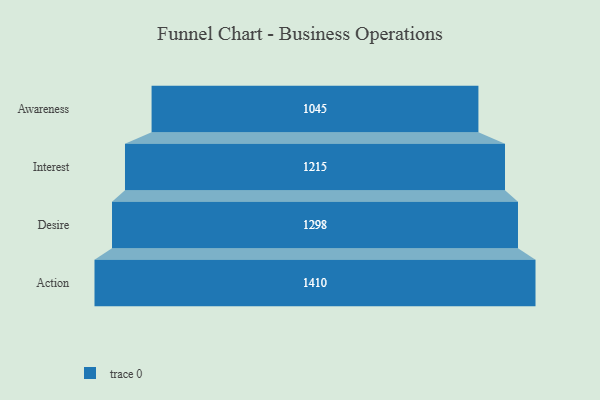
{"axis": {"x": "Stage", "y": "Value"}, "legend": [""], "data": [{"x": "Awareness", "y": 1045.0, "type": ""}, {"x": "Interest", "y": 1215.0, "type": ""}, {"x": "Desire", "y": 1298.0, "type": ""}, {"x": "Action", "y": 1410.0, "type": ""}]}